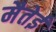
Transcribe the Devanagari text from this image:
मैतेई